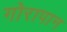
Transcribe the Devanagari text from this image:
गोरापान